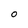
Character: O